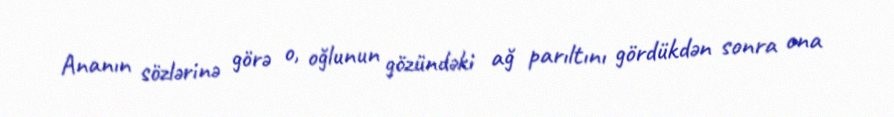
Ananın sözlərinə görə o, oğlunun gözündəki ağ parıltını gördükdən sonra ona